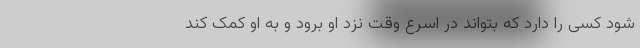
شود کسی را دارد که بتواند در اسرع وقت نزد او برود و به او کمک کند